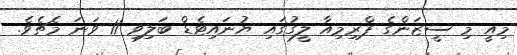
މިއީ މި ސީޒަންގެ ޕްރިމިއާ ލީގުގައި ޔުނައިޓެޑް ބަލިވި 11 ވަނަ މެޗެވެ.